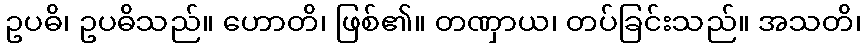
ဥပဓိ၊ ဥပဓိသည်။ ဟောတိ၊ ဖြစ်၏။ တဏှာယ၊ တပ်ခြင်းသည်။ အသတိ၊